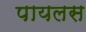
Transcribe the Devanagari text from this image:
पायलस